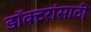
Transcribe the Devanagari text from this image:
डॉक्टरांसाठी